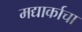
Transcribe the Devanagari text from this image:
मद्यार्काचा